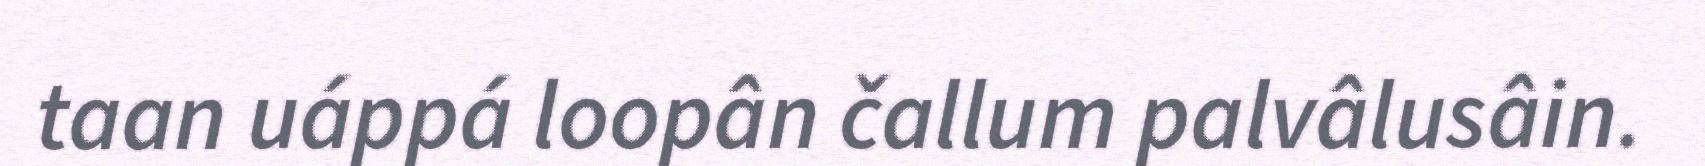
taan uáppá loopân čallum palvâlusâin.